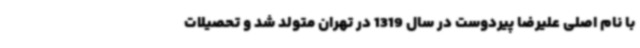
با نام اصلی علیرضا پیردوست در سال 1319 در تهران متولد شد و تحصیلات